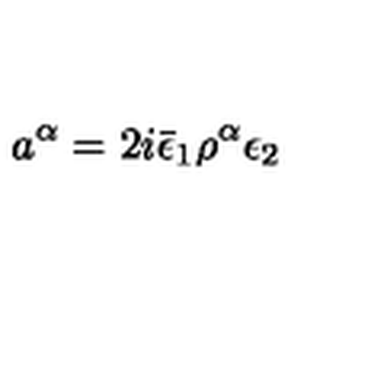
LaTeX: a ^ { \alpha } = 2 i \bar { \epsilon } _ { 1 } \rho ^ { \alpha } \epsilon _ { 2 }